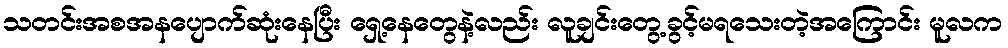
သတင်းအစအနပျောက်ဆုံးနေပြီး ရှေ့နေတွေနဲ့လည်း လူချင်းတွေ့ခွင့်မရသေးတဲ့အကြောင်း မူလက